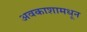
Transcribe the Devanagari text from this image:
अवकाशामधून